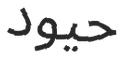
حيود